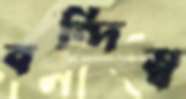
বন্দিত্ব